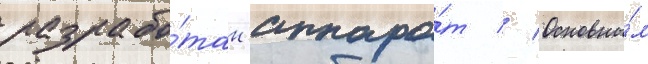
разрабо́тан аппара́т // Основны́м